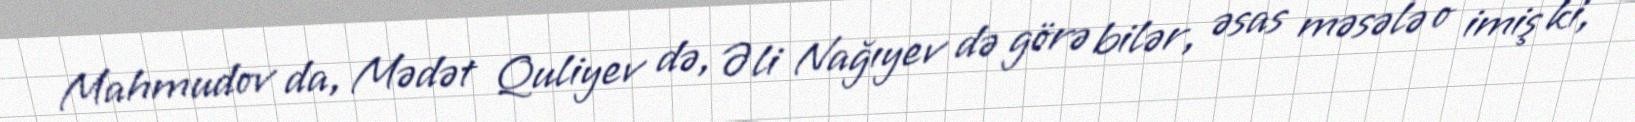
Mahmudov da, Mədət Quliyev də, Əli Nağıyev də görə bilər, əsas məsələ o imiş ki,